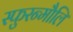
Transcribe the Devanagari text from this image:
स्फुरन्मौलि